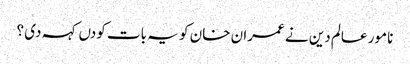
نامور عالم دین نے عمران خان کو یہ بات کودں کہہ دی ؟